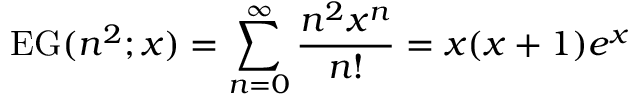
\operatorname { E G } ( n ^ { 2 } ; x ) = \sum _ { n = 0 } ^ { \infty } { \frac { n ^ { 2 } x ^ { n } } { n ! } } = x ( x + 1 ) e ^ { x }